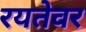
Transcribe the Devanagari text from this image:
रयतेवर